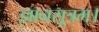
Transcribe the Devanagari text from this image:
ज्ञानसूत्रम्।